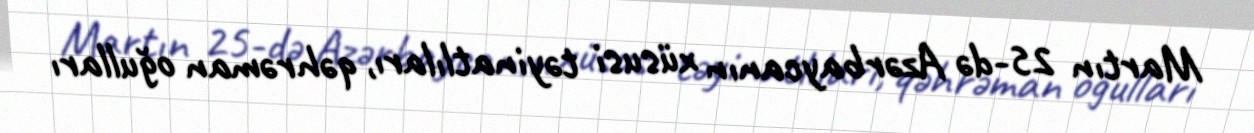
Martın 25-də Azərbaycanın xüsusi təyinatlıları, qəhrəman oğulları